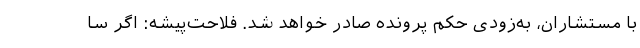
با مستشاران، به‌زودی حکم پرونده صادر خواهد شد. فلاحت‌پیشه: اگر سا